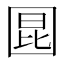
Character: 𪢬